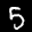
Label: 5